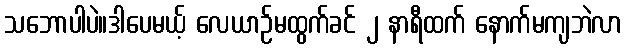
သဘောပါပဲ။ဒါပေမယ့် လေယာဉ်မထွက်ခင် ၂ နာရီထက် နောက်မကျဘဲလာ